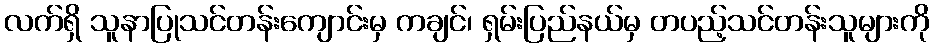
လက်ရှိ သူနာပြုသင်တန်းကျောင်းမှ ကချင်၊ ရှမ်းပြည်နယ်မှ တပည့်သင်တန်းသူများကို